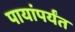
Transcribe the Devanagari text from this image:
पायांपर्यंत